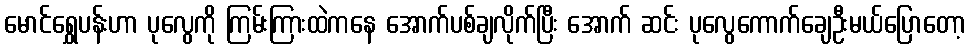
မောင်ရွှေပန်းဟာ ပုလွေကို ကြမ်းကြားထဲကနေ အောက်ပစ်ချလိုက်ပြီး အောက် ဆင်း ပုလွေကောက်ချေဦးမယ်ပြောတော့